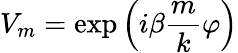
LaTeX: V_{m}=\exp\left({i\beta}\frac{m}{k}\varphi\right)